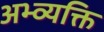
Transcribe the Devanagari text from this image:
अभ्व्यक्ति